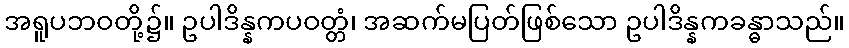
အရူပဘဝတို့၌။ ဥပါဒိန္နကပဝတ္တံ၊ အဆက်မပြတ်ဖြစ်သော ဥပါဒိန္နကခန္ဓာသည်။